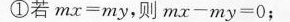
①若$$m x = m y$$，则$$m x - m y = 0$$；